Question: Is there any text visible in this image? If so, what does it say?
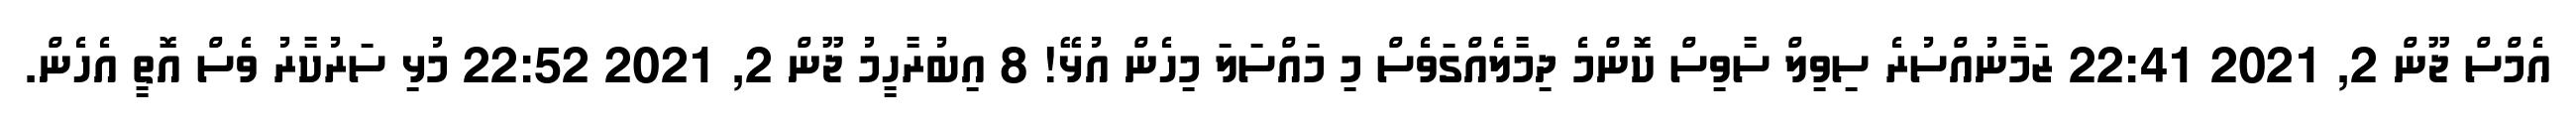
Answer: އެމްސް ޖޫން 2, 2021 22:41 ޒަމާނުއްސުރެ ސިވިލް ސާވިސް ކޮންމެ ދިމާލެއްގަވެސް މި މައްސަލަ މިހެން އުޅޭ! 8 އިބުރާހީމު ޖޫން 2, 2021 22:52 މުޅި ސަރުކާރު ވެސް އޮތީ އެހެން.